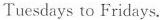
Tuesdays to Fridays.